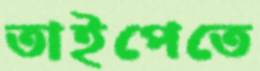
তাইপেতে